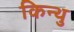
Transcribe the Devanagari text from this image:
किन्थु